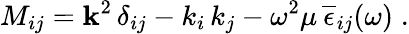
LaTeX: {M}_{ij}={\mathbf k}^{2}\, \delta_{ij}-k_{i}\, k_{j}-\omega^{2}\mu\, \overline{{\epsilon}}_{ij}(\omega)\; .